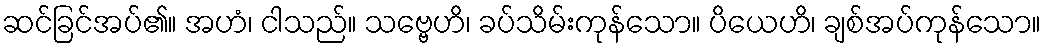
ဆင်ခြင်အပ်၏။ အဟံ၊ ငါသည်။ သဗ္ဗေဟိ၊ ခပ်သိမ်းကုန်သော။ ပိယေဟိ၊ ချစ်အပ်ကုန်သော။